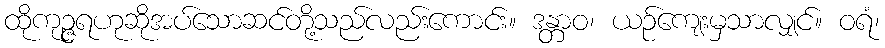
ထိုကုဉ္ဇရဟုဆိုအပ်သောဆင်တို့သည်လည်းကောင်း။ ဒန္တာဝ၊ ယဉ်ကျေးမှသာလျှင်။ ဝရံ၊